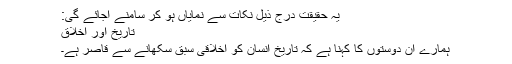
یہ حقیقت درج ذیل نکات سے نمایاں ہو کر سامنے آجائے گی:
تاریخ اور اخلاق
ہمارے ان دوستوں کا کہنا ہے کہ تاریخ انسان کو اخلاقی سبق سکھانے سے قاصر ہے۔